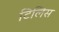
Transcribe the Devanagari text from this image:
टिलिस